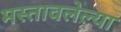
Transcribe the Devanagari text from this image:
मस्तावलेल्या